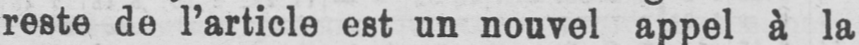
reste de l’article est un nouvel appel à la